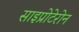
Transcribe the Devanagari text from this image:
साइप्रोटेरोन